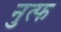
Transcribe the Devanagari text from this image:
नुत्फ